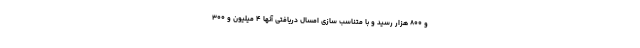
و ۸۰۰ هزار رسید و با متناسب سازی امسال دریافتی آنها ۴ میلیون و ۳۰۰